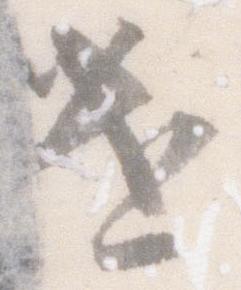
遣